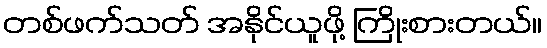
တစ်ဖက်သတ် အနိုင်ယူဖို့ ကြိုးစားတယ်။